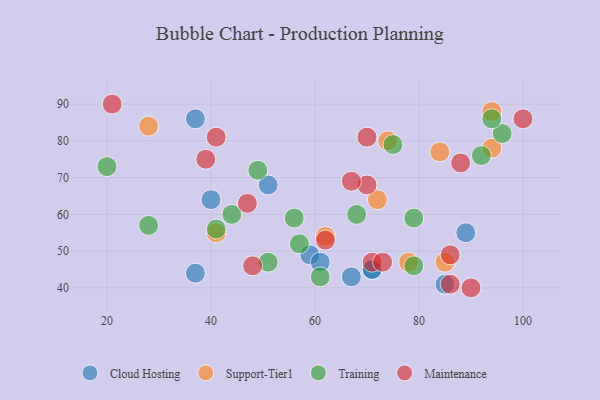
{"axis": {"x": "GDP", "y": "Life Expectancy"}, "legend": ["Cloud Hosting", "Maintenance", "Support-Tier1", "Training"], "data": [{"x": "40", "y": 64, "type": "Cloud Hosting"}, {"x": "85", "y": 41, "type": "Cloud Hosting"}, {"x": "59", "y": 49, "type": "Cloud Hosting"}, {"x": "61", "y": 47, "type": "Cloud Hosting"}, {"x": "71", "y": 45, "type": "Cloud Hosting"}, {"x": "89", "y": 55, "type": "Cloud Hosting"}, {"x": "37", "y": 44, "type": "Cloud Hosting"}, {"x": "71", "y": 45, "type": "Cloud Hosting"}, {"x": "37", "y": 86, "type": "Cloud Hosting"}, {"x": "67", "y": 43, "type": "Cloud Hosting"}, {"x": "51", "y": 68, "type": "Cloud Hosting"}, {"x": "78", "y": 47, "type": "Support-Tier1"}, {"x": "62", "y": 54, "type": "Support-Tier1"}, {"x": "74", "y": 80, "type": "Support-Tier1"}, {"x": "72", "y": 64, "type": "Support-Tier1"}, {"x": "94", "y": 78, "type": "Support-Tier1"}, {"x": "94", "y": 88, "type": "Support-Tier1"}, {"x": "41", "y": 55, "type": "Support-Tier1"}, {"x": "84", "y": 77, "type": "Support-Tier1"}, {"x": "85", "y": 47, "type": "Support-Tier1"}, {"x": "28", "y": 84, "type": "Support-Tier1"}, {"x": "57", "y": 52, "type": "Training"}, {"x": "20", "y": 73, "type": "Training"}, {"x": "28", "y": 57, "type": "Training"}, {"x": "92", "y": 76, "type": "Training"}, {"x": "68", "y": 60, "type": "Training"}, {"x": "75", "y": 79, "type": "Training"}, {"x": "56", "y": 59, "type": "Training"}, {"x": "41", "y": 56, "type": "Training"}, {"x": "96", "y": 82, "type": "Training"}, {"x": "79", "y": 59, "type": "Training"}, {"x": "49", "y": 72, "type": "Training"}, {"x": "94", "y": 86, "type": "Training"}, {"x": "44", "y": 60, "type": "Training"}, {"x": "79", "y": 46, "type": "Training"}, {"x": "61", "y": 43, "type": "Training"}, {"x": "51", "y": 47, "type": "Training"}, {"x": "47", "y": 63, "type": "Maintenance"}, {"x": "100", "y": 86, "type": "Maintenance"}, {"x": "62", "y": 53, "type": "Maintenance"}, {"x": "70", "y": 68, "type": "Maintenance"}, {"x": "86", "y": 41, "type": "Maintenance"}, {"x": "21", "y": 90, "type": "Maintenance"}, {"x": "88", "y": 74, "type": "Maintenance"}, {"x": "41", "y": 81, "type": "Maintenance"}, {"x": "39", "y": 75, "type": "Maintenance"}, {"x": "70", "y": 81, "type": "Maintenance"}, {"x": "71", "y": 47, "type": "Maintenance"}, {"x": "90", "y": 40, "type": "Maintenance"}, {"x": "86", "y": 49, "type": "Maintenance"}, {"x": "73", "y": 47, "type": "Maintenance"}, {"x": "67", "y": 69, "type": "Maintenance"}, {"x": "48", "y": 46, "type": "Maintenance"}]}